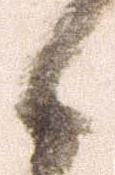
候